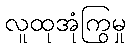
လူထုအုံကြွမှု